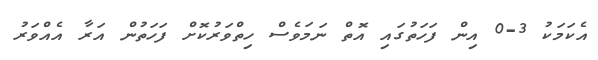
އެކަމަކު 3-0 އިން ފަހަތުގައި އޮތް ނަމަވެސް ހިތްވަރުކޮށް ފަހަތުން އަރާ އެއްވަރު